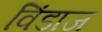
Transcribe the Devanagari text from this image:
विंडाज